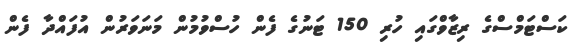
ކަސްޓަމްސްގެ ރިޒާވްގައި ހުރި 150 ޓަނުގެ ފެން ހުސްވުމުން މަނަވަރުން އުފައްދާ ފެން